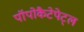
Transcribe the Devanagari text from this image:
पॉपोकैटेपेट्ल